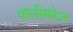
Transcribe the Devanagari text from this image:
पॉलीमरेज़